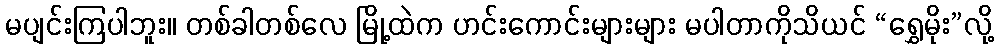
မပျင်းကြပါဘူး။ တစ်ခါတစ်လေ မြို့ထဲက ဟင်းကောင်းများများ မပါတာကိုသိယင် “ရွှေမိုး”လို့